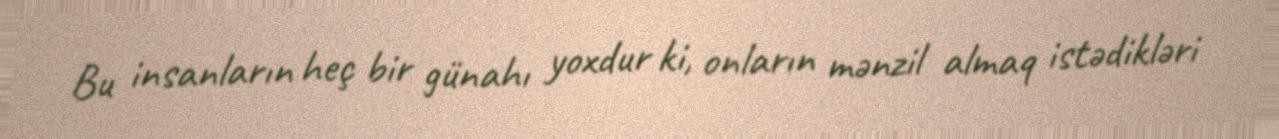
Bu insanların heç bir günahı yoxdur ki, onların mənzil almaq istədikləri